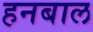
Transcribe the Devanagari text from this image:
हनबाल